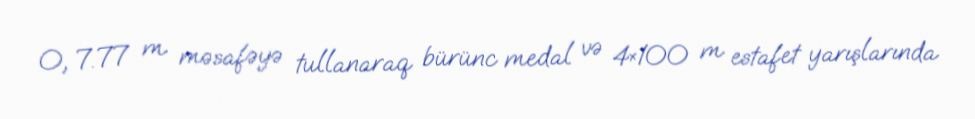
O, 7.77 m məsafəyə tullanaraq bürünc medal və 4×100 m estafet yarışlarında